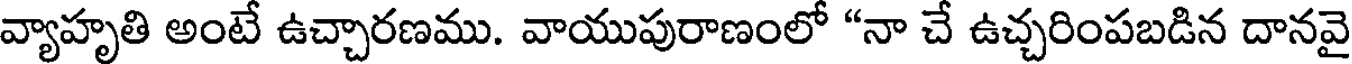
వ్యాహృతి అంటే ఉచ్చారణము. వాయుపురాణంలో "నా చే ఉచ్చరింపబడిన దానవై